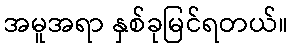
အမူအရာ နှစ်ခုမြင်ရတယ်။